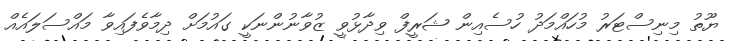
ޔޫތު މިނިސްޓަރު މުހައްމަދު ހުސެއިން ޝަރީފް ވިދާޅުވީ ޒުވާނުންނަކީ ގައުމަށް ދިމާވެފައިވާ މައްސަލައެއް